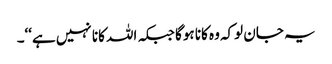
یہ جان لوکہ وہ کانا ہوگا جبکہ اللہ کانا نہیں ہے‘‘۔